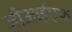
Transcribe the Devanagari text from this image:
जीआईएफ